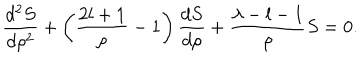
LaTeX: \frac { d ^ { 2 } S } { d \rho ^ { 2 } } + \left( \frac { 2 l + 1 } { \rho } - 1 \right) \frac { d S } { d \rho } + \frac { \lambda - l - 1 } { \rho } S = 0 .